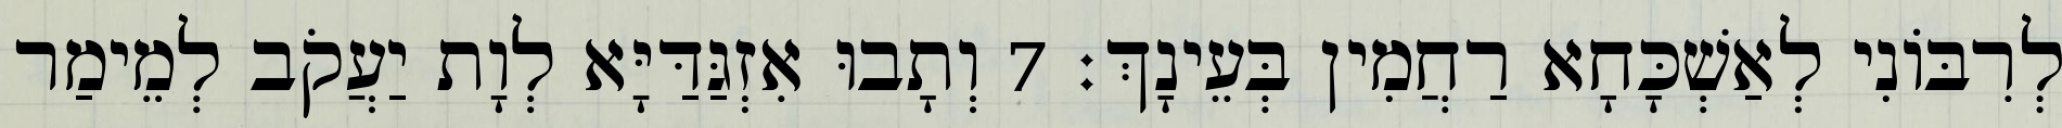
לְרִבּוֹנִי לְאַשְׁכָּחָא רַחֲמִין בְּעֵינָךְ׃ 7 וְתָבוּ אִזְגַּדַּיָּא לְוָת יַעֲקֹב לְמֵימַר